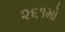
૨૬૧મો